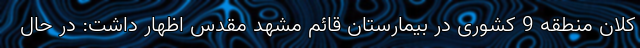
کلان منطقه 9 کشوری در بیمارستان قائم مشهد مقدس اظهار داشت: در حال